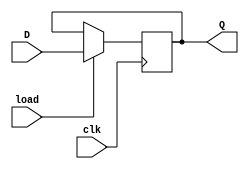
module d_flip_flop (
  input wire D,       // input data
  input wire clk,     // clock signal
  input wire load,    // load signal
  
  output reg Q        // output
);

always @(posedge clk) begin
  if (load) begin
    Q <= D;          // load D value to Q on load signal
  end else begin
    Q <= Q;          // keep Q value unchanged
  end
end

endmodule